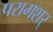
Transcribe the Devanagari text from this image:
परामशर्